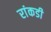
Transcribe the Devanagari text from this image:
रांकडी